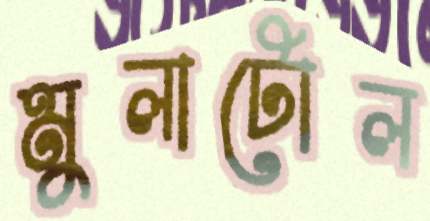
মুলাটোল